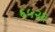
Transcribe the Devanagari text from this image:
६५२६